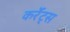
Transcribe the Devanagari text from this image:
कर्रेंट्स